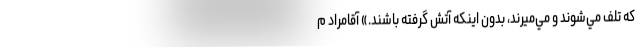
كه تلف مي‌شوند و مي‌ميرند، بدون اينكه آتش گرفته باشند.» آقامراد م